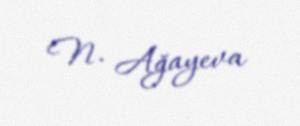
N. Ağayeva